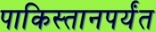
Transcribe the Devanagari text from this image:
पाकिस्तानपर्यंत